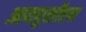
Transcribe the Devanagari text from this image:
आययुसीएन